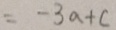
= - 3 a + c